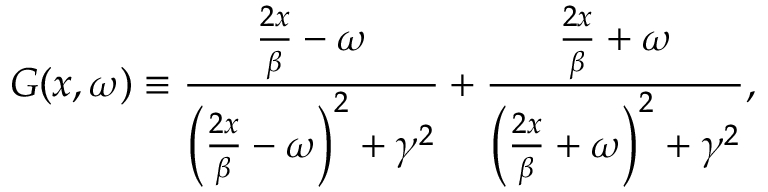
G ( x , \omega ) \equiv \frac { \frac { 2 x } { \beta } - \omega } { \left( \frac { 2 x } { \beta } - \omega \right) ^ { 2 } + \gamma ^ { 2 } } + \frac { \frac { 2 x } { \beta } + \omega } { \left( \frac { 2 x } { \beta } + \omega \right) ^ { 2 } + \gamma ^ { 2 } } ,